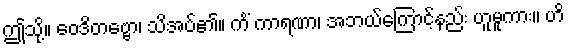
ဤသို့။ ဝေဒိတဗ္ဗော၊ သိအပ်၏။ ကိံ ကာရဏာ၊ အဘယ်ကြောင့်နည်း ဟူမူကား။ ဟိ